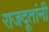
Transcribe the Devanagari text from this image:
राजदूतांनी